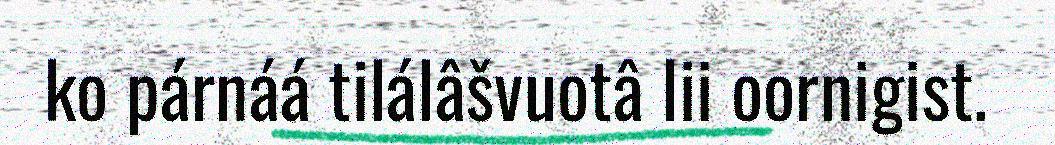
ko párnáá tilálâšvuotâ lii oornigist.